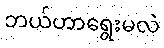
ဘယ်ဟာရွေးမလဲ